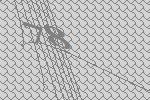
78